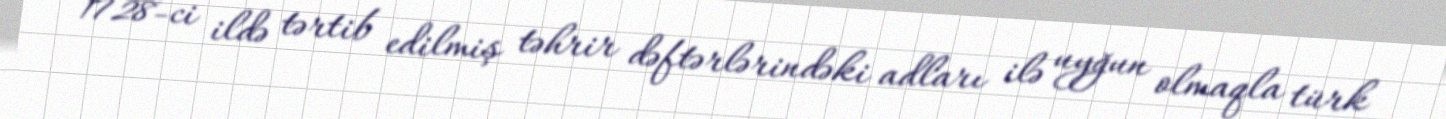
1728-ci ildə tərtib edilmiş təhrir dəftərlərindəki adları ilə uyğun olmaqla türk